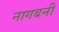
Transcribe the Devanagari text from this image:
नागबनी